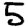
Digit: 5